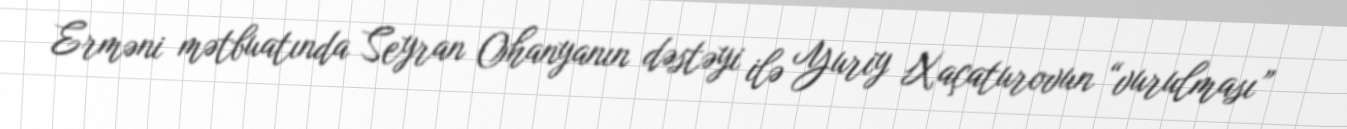
Erməni mətbuatında Seyran Ohanyanın dəstəyi ilə Yuriy Xaçaturovun “vurulması”